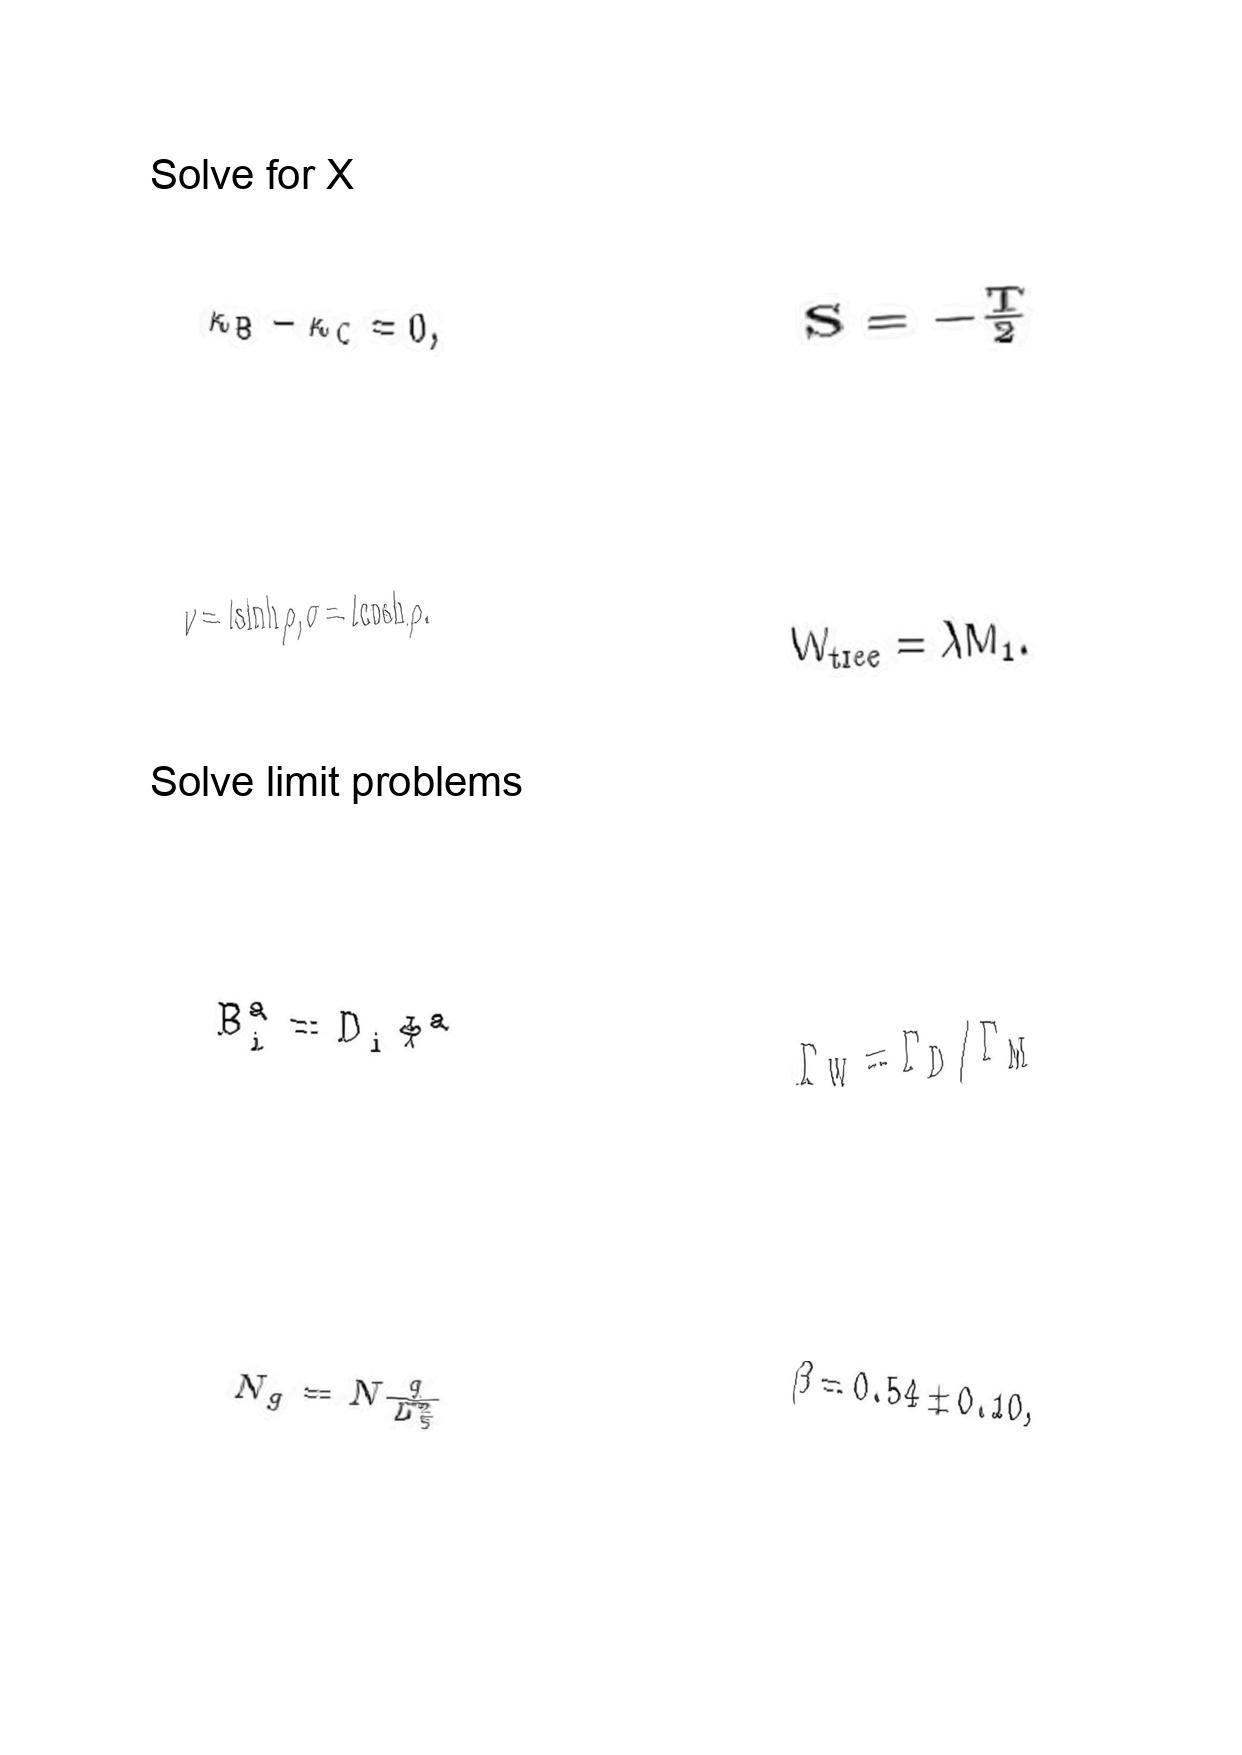
LaTeX transcription:
\kappa _ { B } - \kappa _ { C } = 0 ,
\nu = l \sinh \rho , \sigma = l \cosh \rho .
B _ { i } ^ { a } = D _ { i } \Phi ^ { a }
N _ { g } = N \frac { q } { L _ { 5 } ^ { 2 } }
S = - \frac { T } { 2 }
W _ { \mathrm { t r e e } } = \lambda M _ { 1 } .
\Gamma _ { W } = \Gamma _ { D } / \Gamma _ { M }
\beta = 0 . 5 4 \pm 0 . 1 0 ,